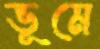
ভূমে